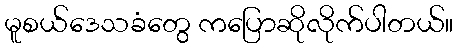
မူစယ်ဒေသခံတွေ ကပြောဆိုလိုက်ပါတယ်။